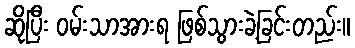
ဆိုပြီး ဝမ်းသာအားရ ဖြစ်သွားခဲ့ခြင်းတည်း။